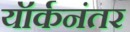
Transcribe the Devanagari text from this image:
यॉर्कनंतर